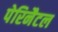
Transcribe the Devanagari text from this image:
पेरिनैटल